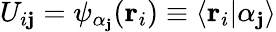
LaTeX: U_{i\mathbf{j}}=\psi_{\alpha_{\mathbf{j}}}(\mathbf{{r}}_{i})\equiv\langle\mathbf{{r}}_{i}|\alpha_{\mathbf{j}}\rangle